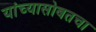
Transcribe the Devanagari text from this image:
यांच्यासोबतचा